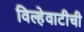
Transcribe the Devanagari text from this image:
विल्हेवाटीची